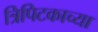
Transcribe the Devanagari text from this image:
त्रिपिटकाच्या